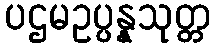
ပဌမဥပ္ပန္နသုတ္တ